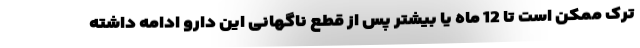
ترک ممکن است تا 12 ماه یا بیشتر پس از قطع ناگهانی این دارو ادامه داشته